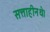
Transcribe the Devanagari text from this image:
सत्ताहीनथे।